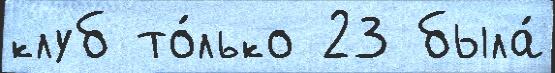
клуб то́лько 23 была́